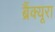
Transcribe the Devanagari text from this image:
ब्रैंक्यूरा